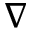
\nabla